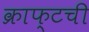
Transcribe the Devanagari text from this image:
क्राफ्टची